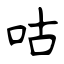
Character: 咕